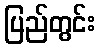
ပြည်တွင်း